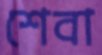
শেবা